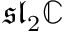
{ \mathfrak { s l } } _ { 2 } \mathbb { C }